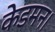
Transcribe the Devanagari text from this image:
केडमन।